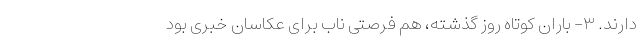
دارند. ٣- باران کوتاه روز گذشته، هم فرصتی ناب برای عکاسان خبری بود